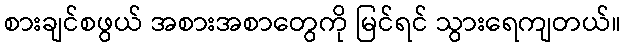
စားချင်စဖွယ် အစားအစာတွေကို မြင်ရင် သွားရေကျတယ်။